Lunatic asylums Madras 1892-1911 - 1892-1911
Year: 1892
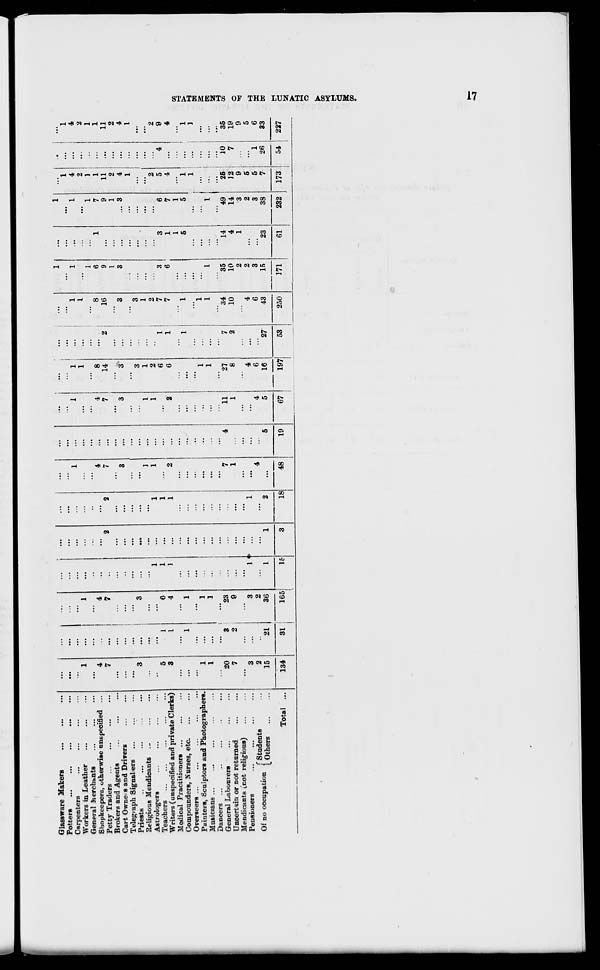
Glassware Makers
...
...
...
x otters
...
...
...
•••
•••
...
...
...
...
...
...
...
Carpenters
...
...
...
...
...
...
1
1
Workers in Leather
1
...
1
...
...
...
General Merchants
...
...
...
Shopkeepers, otherwise onspecified ...
4
4
...
...
4
4
Petty Traders
7
...
7
,..
2
2
7
7
Brokers and Agents
...
...
...
...
...
...
...
Cart Ownei s and Driyer6
...
3
3
Telegraph Signallers ...
...
...
...
...
...
...
...
...
...
Priests
3
...
3
•••
...
...
...
Religious Mendicants .-
...
1
1
Astrologers
..
...
...
1
...
1
1
1
Teachers
5
1
6
1
1
Writers (unspecified and private Clerks)
3
I
4
1
1
2
2
Medical Practitioners ...
...
Conipounders, Nurses, etc.
...
1
1
...
...
...
Overseers ...
...
Painters, Sculptors and Photographers.
1
...
1
...
...
...
Musicians ...
1
1
...
Dancers ...
...
...
General Labourers
20
3
23
7
4
11
Uncertain or not returned
7
2
9
1
1
Mendicants inot religious)
...
Pensioners
3
3
I** ...
1
...
~,
.
f Students
2
2
4
4
Of no occupation < ,« ,
15
21
36
1
1
2
...
5
5
Total ...
134
31
165
16
3
18
48
19
67
...
1
1
.
•
...
...
1
1
1
1
1
1
4
4
1
1
2
2
...
1
1
1
1
8
8
6
1
7
1
1
14
2
16
9
9
11
11
1
1
2
2
3
3
3
... 3
4
1
••
4
I
3
3
1
1
2
2
2
2
6
1
7
3
3
6
5
4
9
6
1
7
6
1
1
7
1
4
••
4
1
1
5
5
1
1
1 ! ••
1
1
1
...
1
...
1
1
...
1
... I ...
27
7
34
35
14
49
25
10
"35
8
2
10
10
4
14
12
7
19
2
1
3
9
9
4
4
2
2
5
5
6
6
3
3
5
1
6
16
27
43
15
23
38
7
26
33
197
53
250
171
61
232
173
i
54
227
on
EC
H
GG
o
fed
1-3
W
I
CO